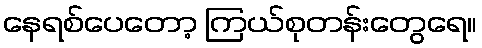
နေရစ်ပေတော့ ကြယ်စုတန်းတွေရေ။